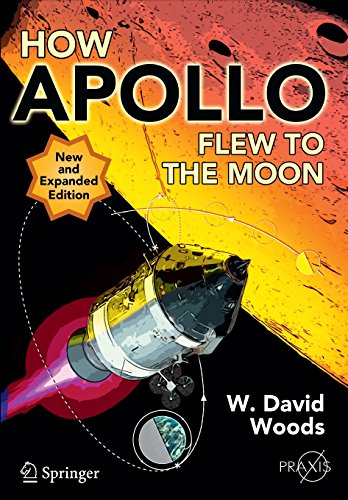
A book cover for How Apollo Flew to the Moon (Springer Praxis Books); W. David Woods; Engineering & Transportation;